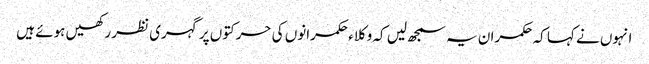
انہوں نے کہا کہ حکمران یہ سمجھ لیں کہ وکلاء حکمرانوں کی حرکتوں پر گہری نظر رکھیں ہوئے ہیں